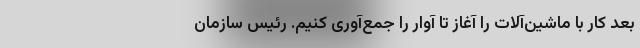
بعد کار با ماشین‌آلات را آغاز تا آوار را جمع‌آوری کنیم. رئیس سازمان